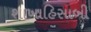
શાખાહિસાબી